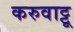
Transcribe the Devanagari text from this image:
करुवाट्टू